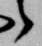
之